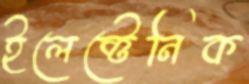
ইলেক্টেনিক